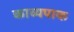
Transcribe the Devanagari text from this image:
काव्यपाक